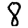
Digit: 8